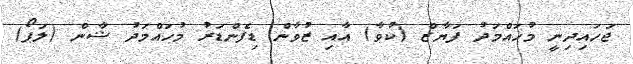
ޖަހައިދިނީ މުހައްމަދު ފަޔާޒް (ކުވާ) އާއި ޒުވާން ޑިފެންޑަރު މުހައްމަދު ޝާން (ލަޕޯ)